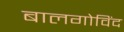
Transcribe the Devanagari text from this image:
बालगोविंद